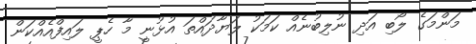
މަންމަގެ ލޯބި އަދި ނުލިބުނެއް ކަމަކު ލަޔާދައްތަ އުޅުނީ މާ ހެޕީ ލައިފްއެއްކަން